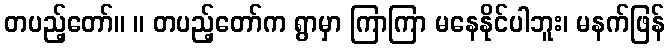
တပည့်တော်။ ။ တပည့်တော်က ရွာမှာ ကြာကြာ မနေနိုင်ပါဘူး၊ မနက်ဖြန်